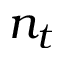
n _ { t }